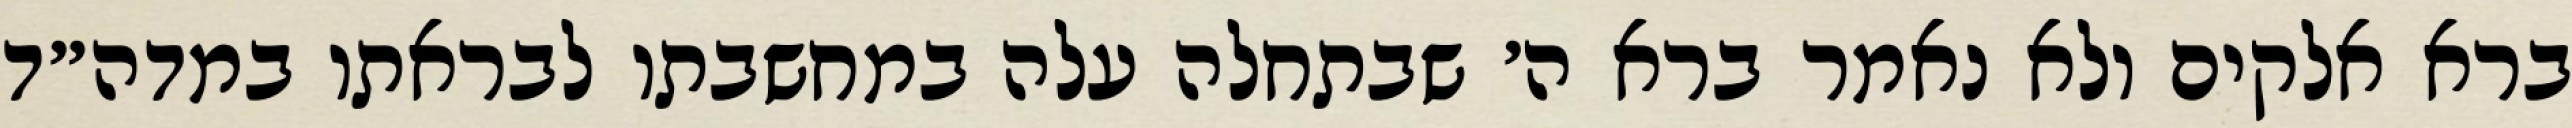
ברא אלקים ולא נאמר ברא ה׳ שבתחלה עלה במחשבתו לבראתו במדה״ד